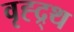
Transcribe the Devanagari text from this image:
वृह्द्र्थ